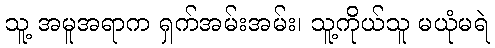
သူ့ အမူအရာက ရှက်အမ်းအမ်း၊ သူ့ကိုယ်သူ မယုံမရဲ